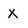
Character: X